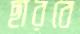
ছারবে